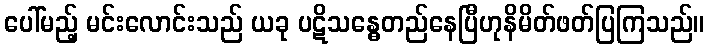
ပေါ်မည့် မင်းလောင်းသည် ယခု ပဋိသန္ဓေတည်နေပြီဟုနိမိတ်ဖတ်ပြကြသည်။